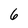
Character: 6